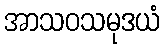
အာသဝသမုဒယံ